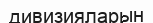
дивизияларын